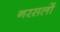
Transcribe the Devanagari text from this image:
नरसलों